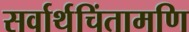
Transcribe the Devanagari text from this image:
सर्वार्थचिंतामणि